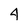
Character: 4